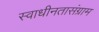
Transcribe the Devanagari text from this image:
स्वाधीनतासंग्राम